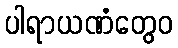
ပါရာယဏံတွေဝ